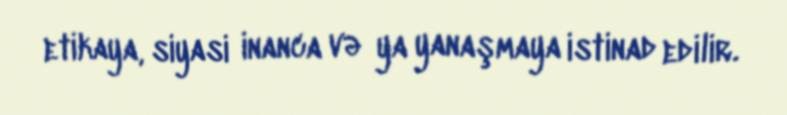
etikaya, siyasi inanca və ya yanaşmaya istinad edilir.